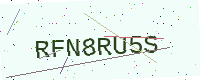
Text: RFN8RU5S